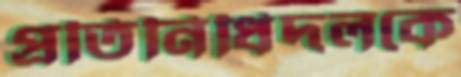
প্রতিনিধিদলকে